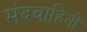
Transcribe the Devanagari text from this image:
मंदवाहिनी